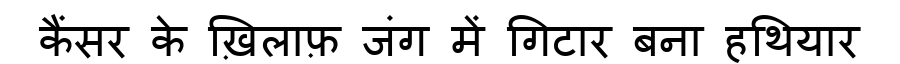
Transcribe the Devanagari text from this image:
कैंसर के ख़िलाफ़ जंग में गिटार बना हथियार